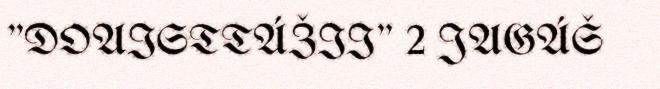
"DOAISTTÁŽII" 2 JAGÁŠ